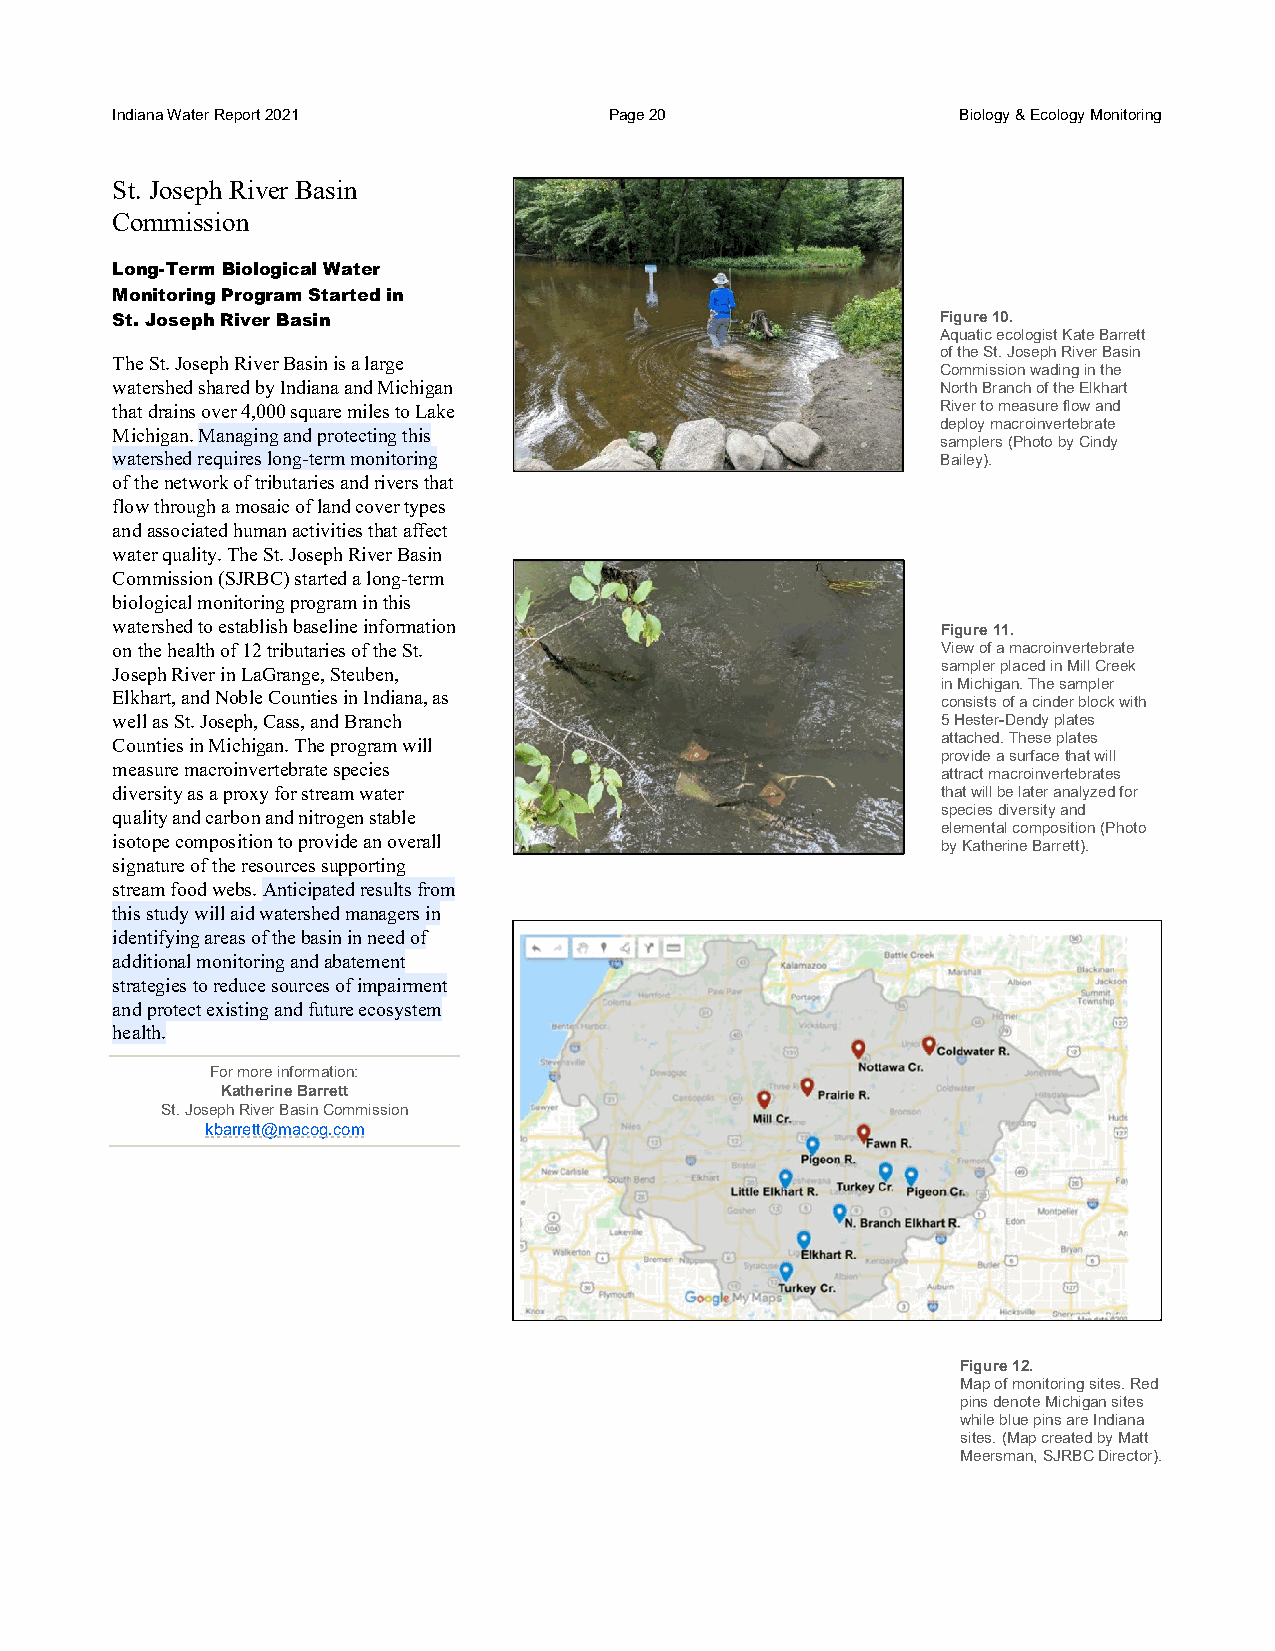
Indiana Water Report 2021        Page 20                 Biology & Ecology Monitoring
 St. Joseph River Basin
 Commission
 Long-Term Biological Water
 Monitoring Program Started in
 St. Joseph River Basin                                 Figure 10.
 Aquatic ecologist Kate Barrett
 of the St. Joseph River Basin
 The St. Joseph River Basin is a large
 Commission wading in the
 watershed shared by Indiana and Michigan               North Branch of the Elkhart
 that drains over 4,000 square miles to Lake            River to measure flow and
 deploy macroinvertebrate
 Michigan. Managing and protecting this
 samplers (Photo by Cindy
 watershed requires long-term monitoring                Bailey).
 of the network of tributaries and rivers that
 flow through a mosaic of land cover types
 and associated human activities that affect
 water quality. The St. Joseph River Basin
 Commission (SJRBC) started a long-term
 biological monitoring program in this
 watershed to establish baseline information
 Figure 11.
 on the health of 12 tributaries of the St.             View of a macroinvertebrate
 Joseph River in LaGrange, Steuben,                     sampler placed in Mill Creek
 in Michigan. The sampler
 Elkhart, and Noble Counties in Indiana, as
 consists of a cinder block with
 well as St. Joseph, Cass, and Branch                   5 Hester-Dendy plates
 Counties in Michigan. The program will                 attached. These plates
 provide a surface that will
 measure macroinvertebrate species                      attract macroinvertebrates
 diversity as a proxy for stream water                  that will be later analyzed for
 quality and carbon and nitrogen stable                 species diversity and
 elemental composition (Photo
 isotope composition to provide an overall
 by Katherine Barrett).
 signature of the resources supporting
 stream food webs. Anticipated results from
 this study will aid watershed managers in
 identifying areas of the basin in need of
 additional monitoring and abatement
 strategies to reduce sources of impairment
 and protect existing and future ecosystem
 health.
 For more information:
 Katherine Barrett
 St. Joseph River Basin Commission
 kbarrett@macog.com
 Figure 12.
 Map of monitoring sites. Red
 pins denote Michigan sites
 while blue pins are Indiana
 sites. (Map created by Matt
 Meersman, SJRBC Director).